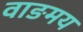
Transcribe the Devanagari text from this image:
वाङमय